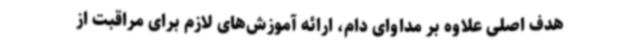
هدف اصلی علاوه بر مداوای دام، ارائه آموزش‌های لازم برای مراقبت از